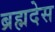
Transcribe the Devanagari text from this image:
ब्रह्मदेस